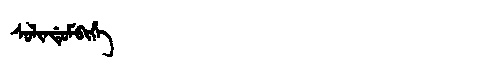
Manchu: ᠰᠣᠯᡳᠨᡩᡠᠮᠪᡳᡥᡝ
Romanization: SOLINDUMBIHE